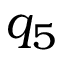
q _ { 5 }